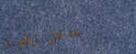
مدخل رقم ١